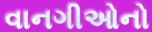
વાનગીઓનો